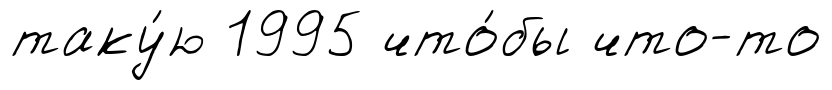
таку́ю 1995 что́бы что-то